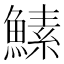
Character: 𬵡